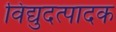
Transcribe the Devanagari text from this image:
विद्युदत्पादक